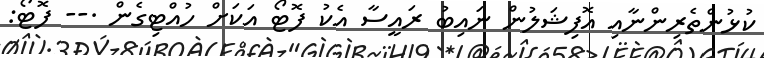
ކުޅުންތެރިންނާއި އޮފިޝަލުން ނައިބު ރައީސާ އެކު ފޮޓޯ އަކަށް ހުއްޓިގެން .-- ފޮޓޯ: